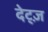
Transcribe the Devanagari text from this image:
देट्ज़